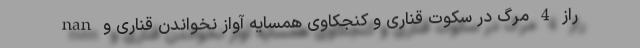
nan راز 4 مرگ در سکوت قناری و کنجکاوی همسایه آواز نخواندن قناری و